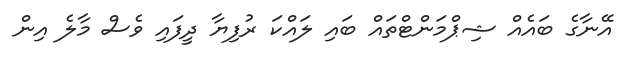
އޭނާގެ ބައެއް ޝިޕްމަންޓްތައް ބައި ލައްކަ ރުފިޔާ ދީފައި ވެސް މާލެ އިން